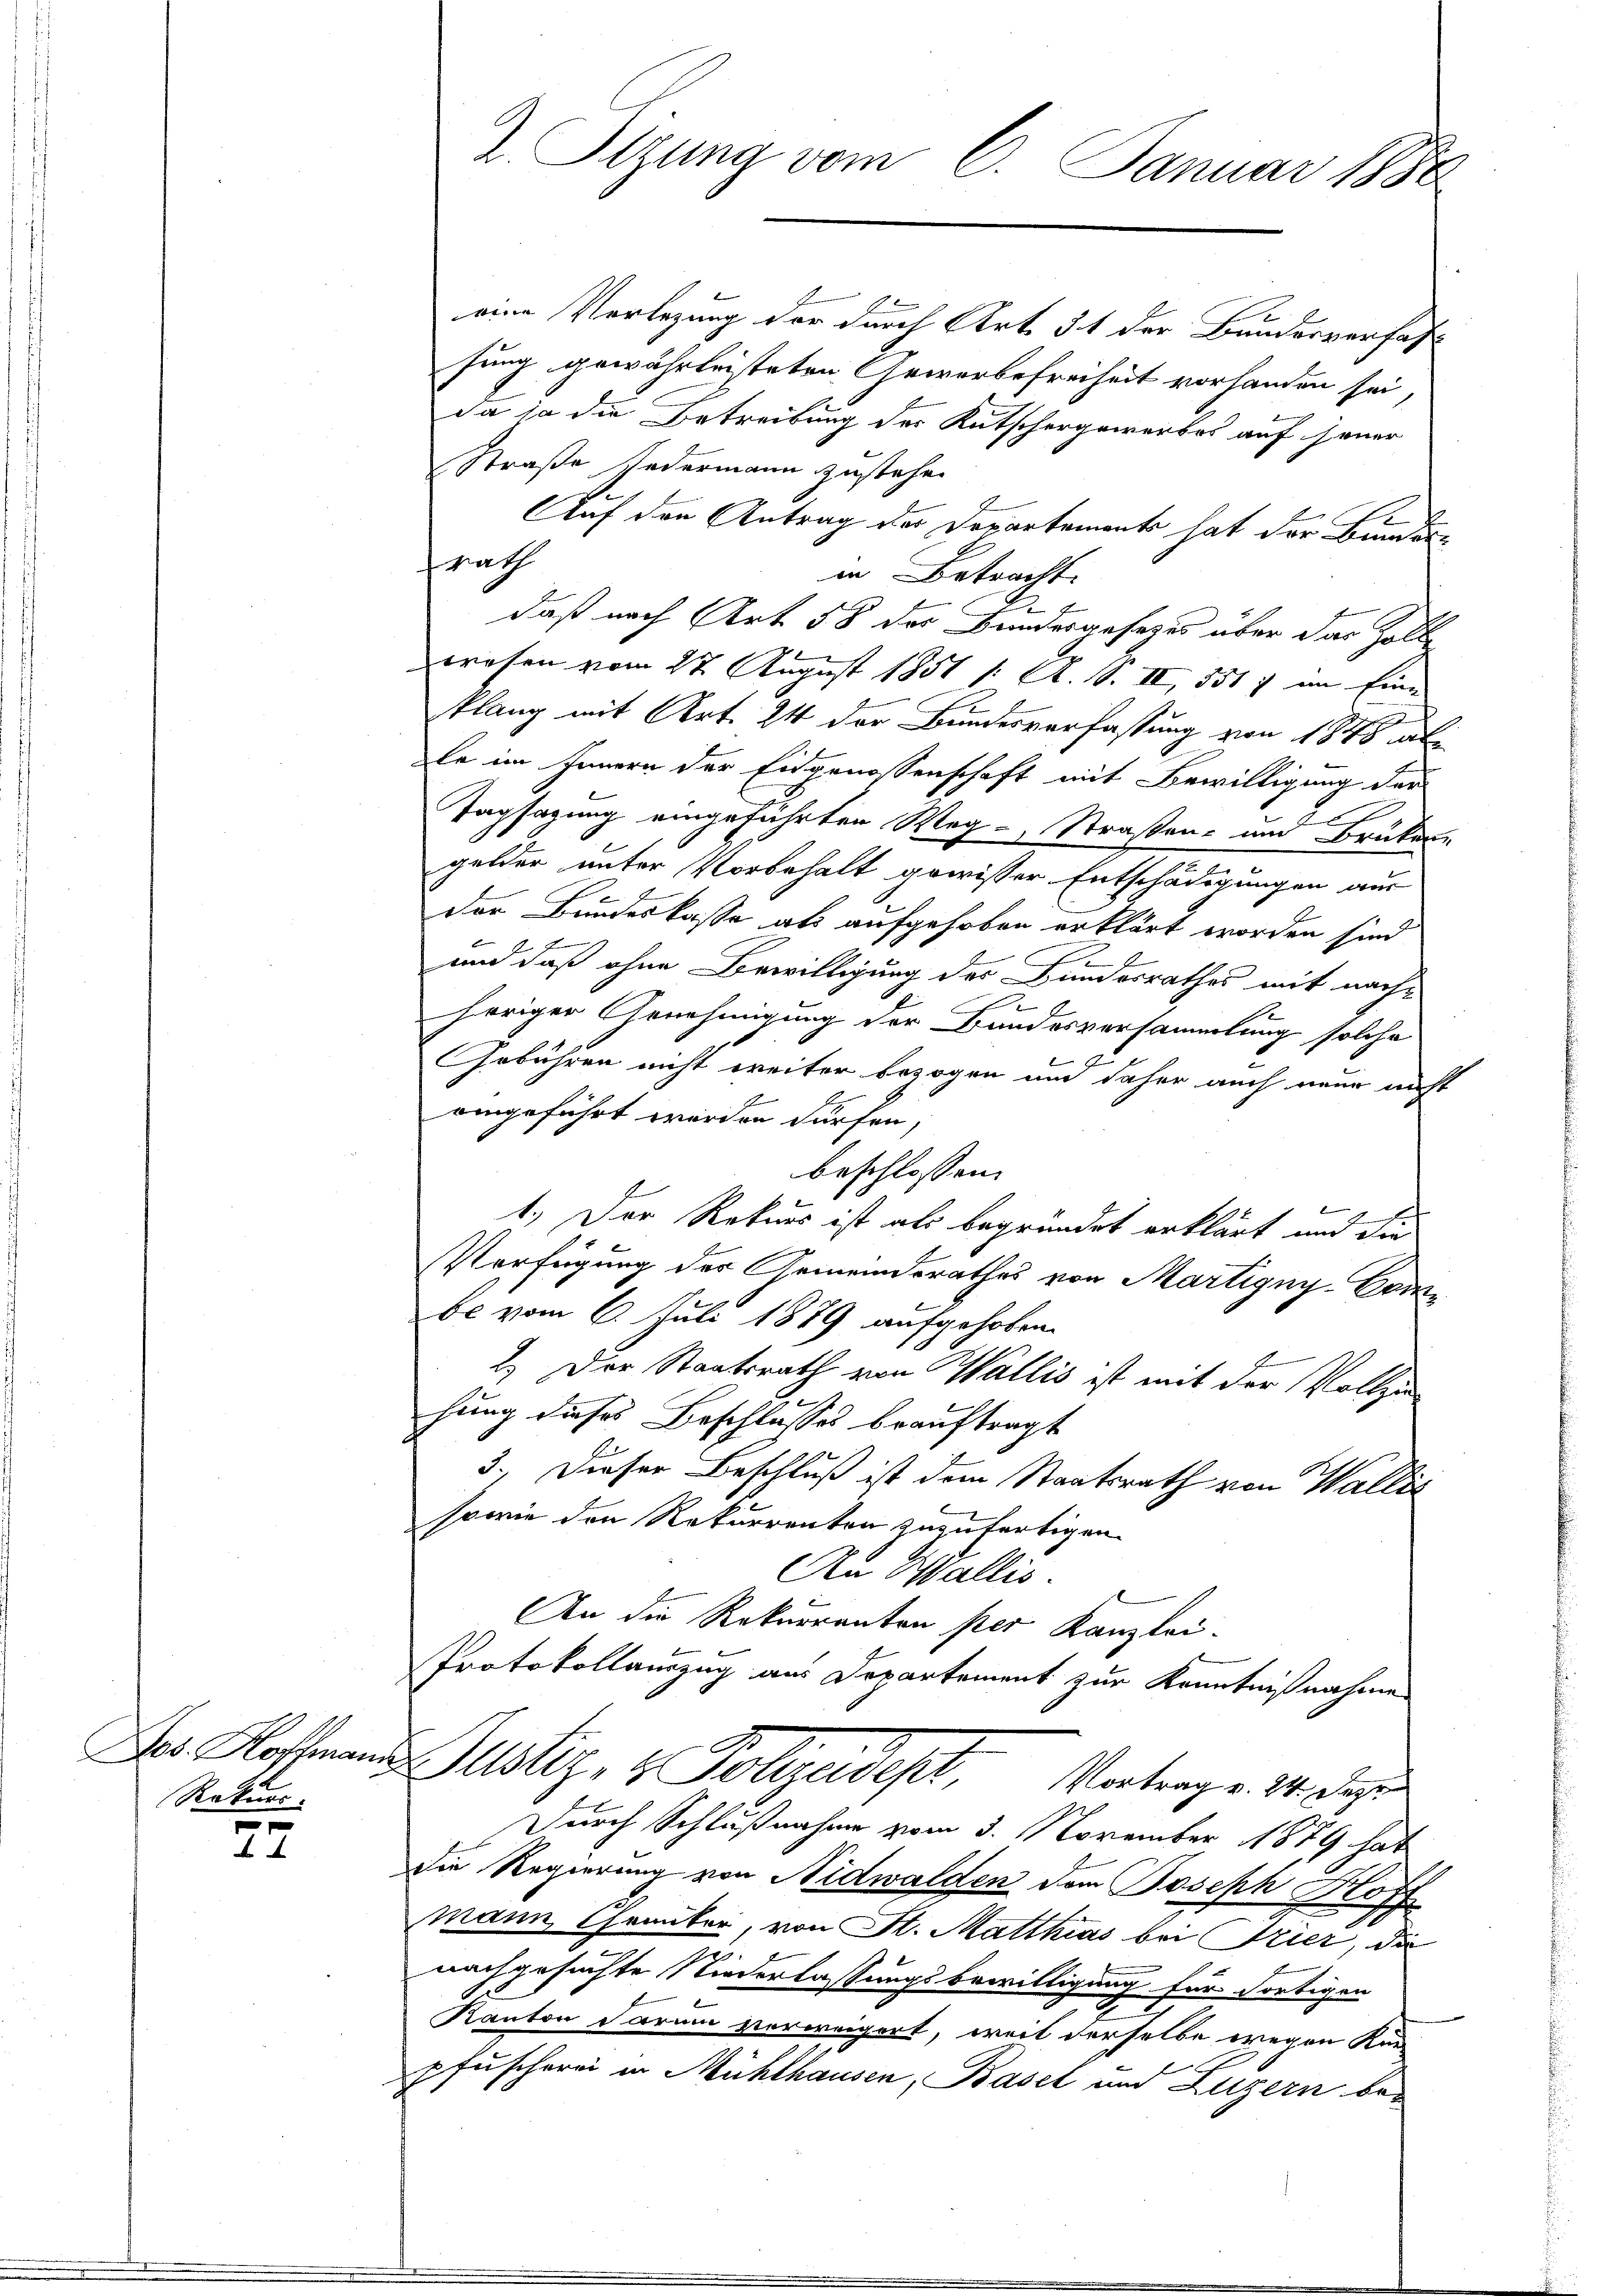
Jos. Hoffmann
Rekurs.

27

2. Sizung vom 6. Januar 1880

eine Verlegung der durch Art. 31 der Bundesverfas
sung gewährleisteten Gewerbefreiheit vorhanden sei,
da ja die Betreibung der Kutschergewerbes auf jener
Straße Federmann zustehen
Auf den Antrag der Departements hat der Bunden
srath
in Betracht.
2x
daß nach Art 58 der Bundesgesetzes über das Zoll
wesen vom 27. August 1851 /: A. S. II, 551 7 im Eine
klang mit Art. 24 der Bundesverfassung von 18 al
le im Innern der Eidgenossenschaft mit Bewilligung der
s
Tagsazung eingeführten Weg- Straßen- und Brükere
gelder unter Vorbehalt gewisser Entschädigungen aus
Der Bundeskasse als aufgehoben erklärt worden sind
E
und daß ohne Bewilligung des Bundesrathes mit nachheriger Genehmigung der Bundesversammlung solche
Gebühren nicht weiter bezogen und daher auch neue nicht
eingeführt werden dürfen,
beschlossen:
2.
e
1.) Der Rekurs ist als begründet erklärt und die
Verfügung der Gemeinderathes von Martigny-Combe vom 6. Juli 1889 aufgehoben.
2.) Der Staatsrath von Wallis ist mit der Vollzu
hung dieses Beschlusses beauftragt
3.) Dieser Beschluß ist dem Staatsrath von Wallis
sowie den Rekurrenten zuzufertigen.
Den Wallis.
An die Rekurranten per Kanzlei.
Protokollauszug aus Departement zur Kenntnißnahme

Durch Schlußnahme vom 3. November 1879 hat
Die Regierung von Nidwalden dem Joseph Hoff
mann Chemiker, von St. Matthias bei Trier, da
nachgesuchte Niederlassungsbewilligung für fortigen
Kanton darum verweigert, weil derselbe wegen Kin
pfuscherei in Mühlhausen, Basel und Luzern be¬

Dustiz- & Polizeidest
Vortrag v. 24. Depr